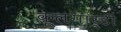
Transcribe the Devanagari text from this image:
कूलगार्डी